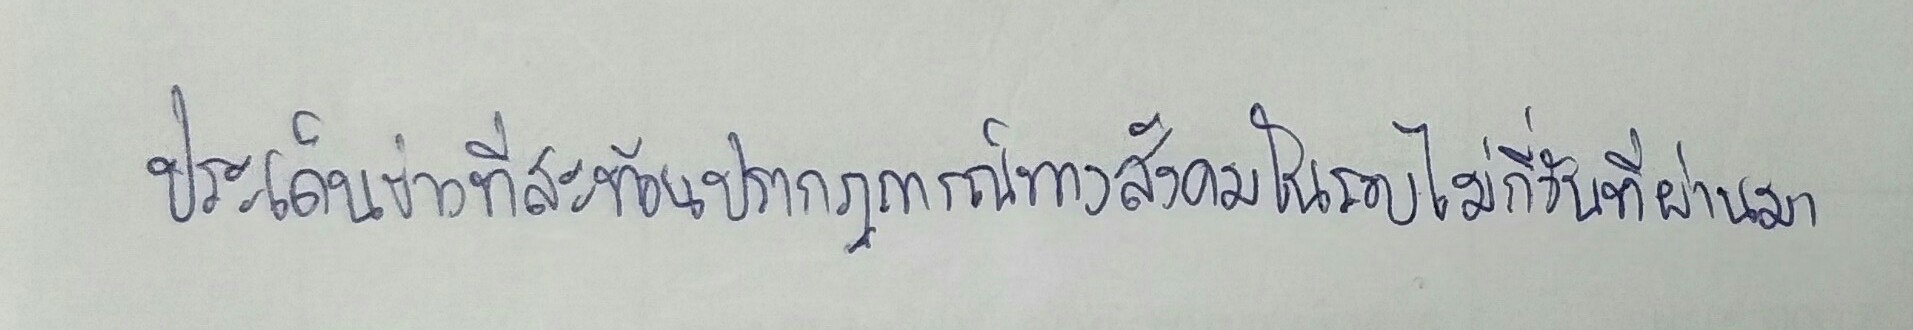
ประเด็นข่าวที่สะท้อนปรากฎการณ์ทางสังคมในรอบไม่กี่วันที่ผ่านมา